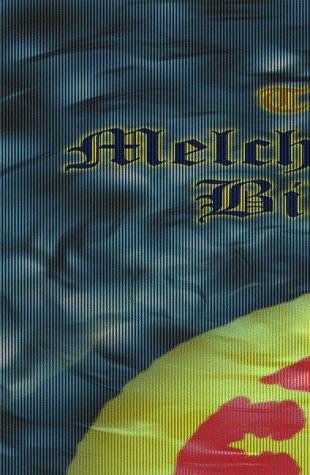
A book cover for The Melchizedek Bible; David E. Pedley; Christian Books & Bibles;